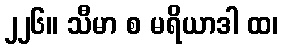
၂၂၆။ သီမာ စ မရိယာဒါ ထ၊